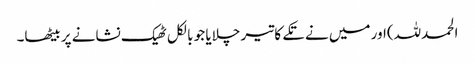
الحمدللہ)اور میں نے تکے کا تیر چلایا جو بالکل ٹھیک نشانے پر بیٹھا۔